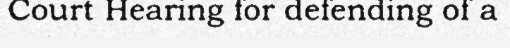
Court Hearing for defending of a